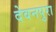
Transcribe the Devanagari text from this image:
देवनपुरा